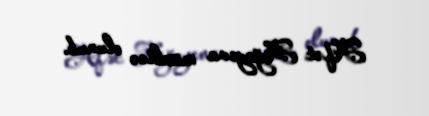
Afət Ağayeva müalicə olunub.